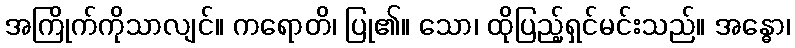
အကြိုက်ကိုသာလျင်။ ကရောတိ၊ ပြု၏။ သော၊ ထိုပြည့်ရှင်မင်းသည်။ အန္ဓော၊